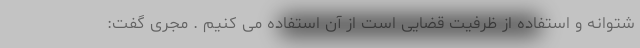
شتوانه و استفاده از ظرفیت قضایی است از آن استفاده می کنیم . مجری گفت: